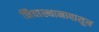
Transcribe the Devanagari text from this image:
निवास्थानापासून